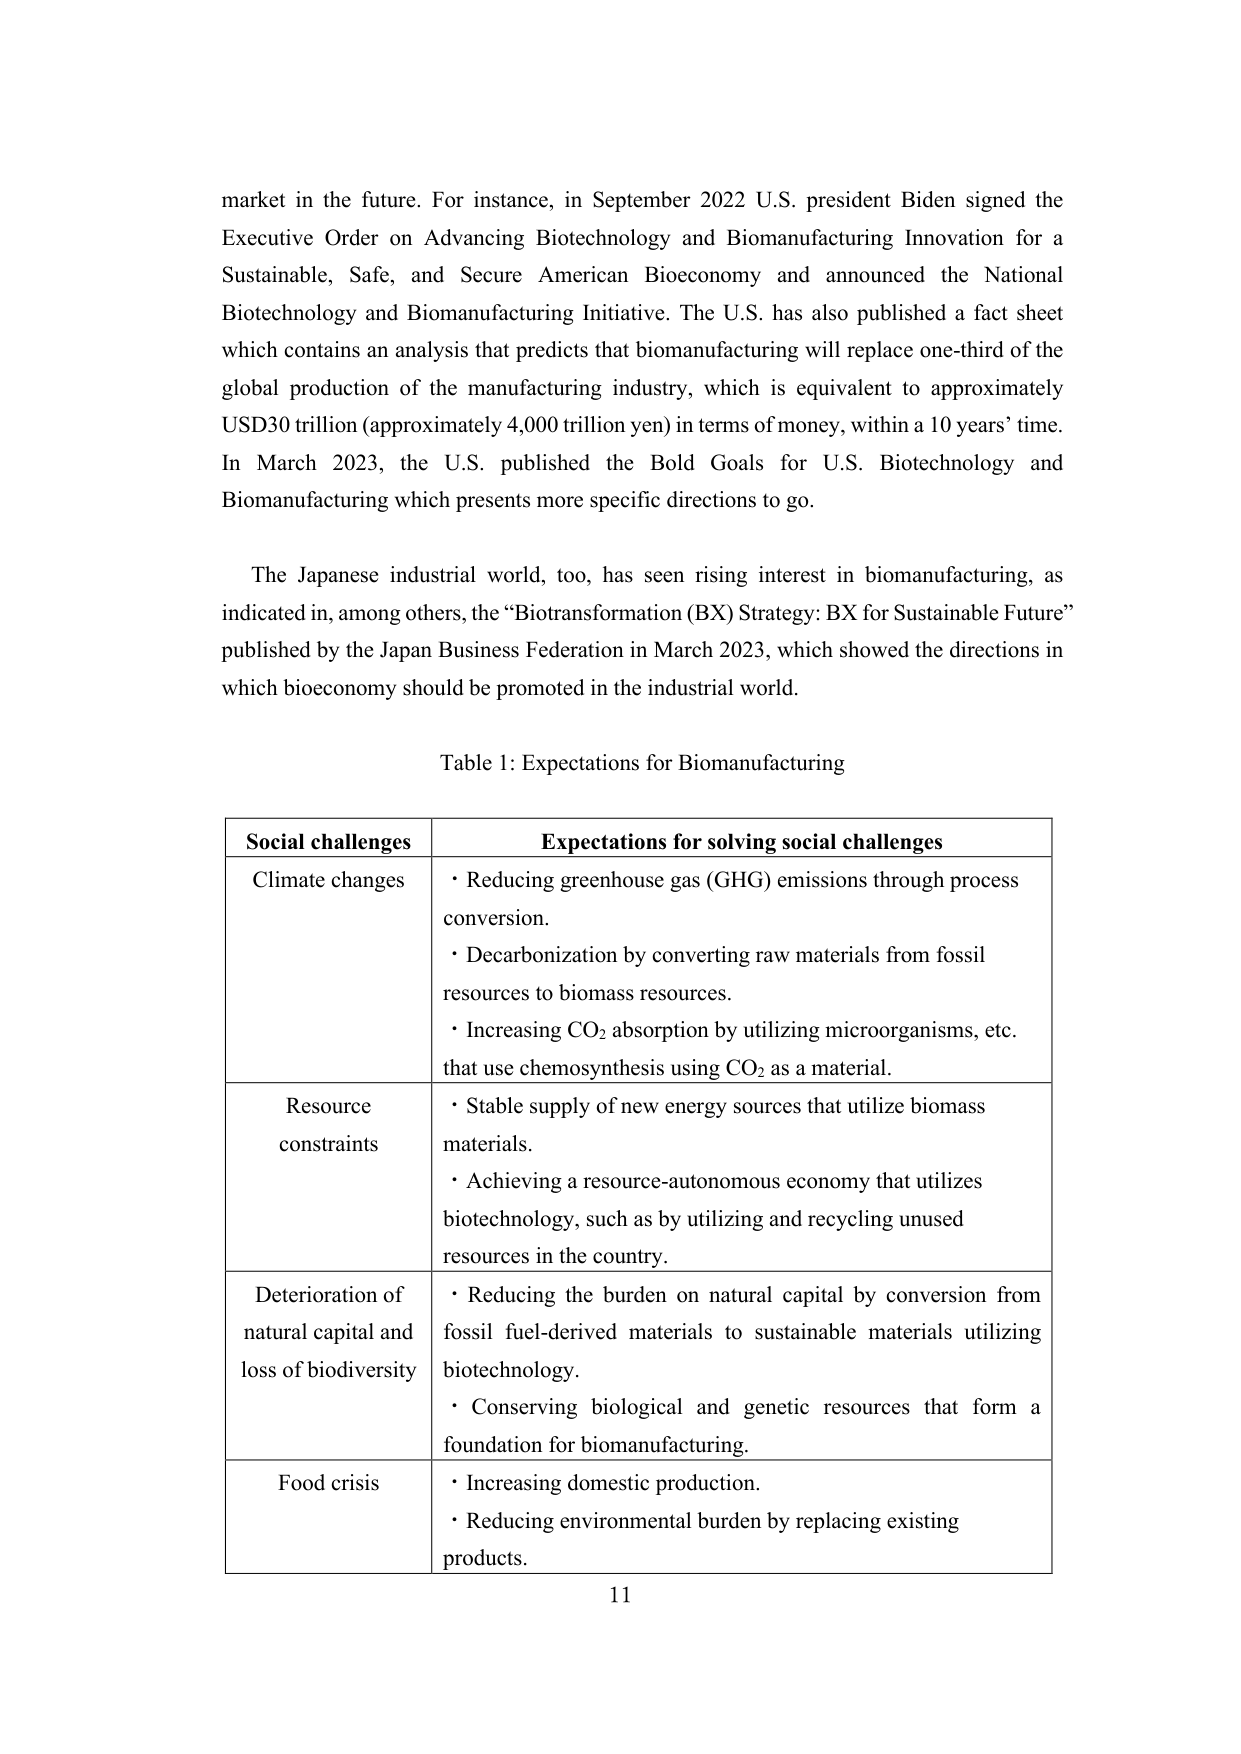
market in the future. For instance, in September 2022 U.S. president Biden signed the Executive Order on Advancing Biotechnology and Biomanufacturing Innovation for a Sustainable, Safe, and Secure American Bioeconomy and announced the National Biotechnology and Biomanufacturing Initiative. The U.S. has also published a fact sheet which contains an analysis that predicts that biomanufacturing will replace one-third of the global production of the manufacturing industry, which is equivalent to approximately USD30 trillion (approximately 4,000 trillion yen) in terms of money, within a 10 years’ time. In March 2023, the U.S. published the Bold Goals for U.S. Biotechnology and Biomanufacturing which presents more specific directions to go.

The Japanese industrial world, too, has seen rising interest in biomanufacturing, as indicated in, among others, the “Biotransformation (BX) Strategy: BX for Sustainable Future” published by the Japan Business Federation in March 2023, which showed the directions in which bioeconomy should be promoted in the industrial world.

Table 1: Expectations for Biomanufacturing

Social challenges		Expectations for solving social challenges
Climate changes		· Reducing greenhouse gas (GHG) emissions through process conversion.
· Decarbonization by converting raw materials from fossil resources to biomass resources.
· Increasing CO₂ absorption by utilizing microorganisms, etc. that use chemosynthesis using CO₂ as a material.
Resource constraints	· Stable supply of new energy sources that utilize biomass materials.
· Achieving a resource-autonomous economy that utilizes biotechnology, such as by utilizing and recycling unused resources in the country.
Deterioration of natural capital and loss of biodiversity	· Reducing the burden on natural capital by conversion from fossil fuel-derived materials to sustainable materials utilizing biotechnology.
· Conserving biological and genetic resources that form a foundation for biomanufacturing.
Food crisis		· Increasing domestic production.
· Reducing environmental burden by replacing existing products.

11